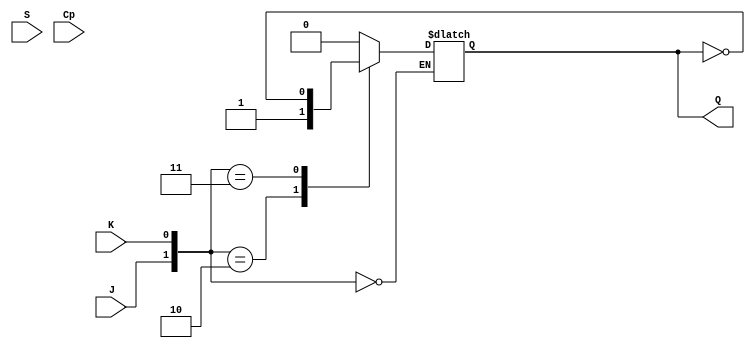
/*
===================================================================
Project Name    : 
File Name       : 2_5.v
Encoding        : UTF-8
Creation Date   : 2021/4/22
===================================================================
*/

module JK_FF(J, K, S, Cp, Q);
	input J, K, S, Cp;
	output Q;
	reg Q;

	always @(Cp) begin
		if(S == 1'b1)
			Q <= 1'b1;

		case({J, K})
			2'b00: Q <= Q;
			2'b01: Q <= 1'b0;
			2'b10: Q <= 1'b1;
			2'b11: Q <= ~Q;
		endcase
	end
endmodule

module random(Cp, S, out, code);
	input  Cp, S;
	input  [2:0]code;
	output out;

	reg    J1, J2, J3, J4, K1, K2, K3, K4, tmp1, tmp2, tmp3;
	reg    line_1, line_2, line_3;
	wire   Q1, Q2, Q3;

	always @(*) begin
		J1 <= tmp1;
		K1 <= ~tmp1;
		J2 <= Q1;
		K2 <= ~Q1;
		J3 <= Q2;
		K3 <= ~Q2;
		J4 <= Q3;
		K4 <= ~Q3;
		line_1 <= Q3;
		line_2 <= Q2;
		line_3 <= Q1;

		case({code})
			3'b000: begin
				tmp3 <=  out;
				tmp2 <= tmp3;
				tmp1 <= tmp2;
			end
			3'b001: begin
				tmp3 <= line_1 ^ out;
				tmp2 <= tmp3;
				tmp1 <= tmp2;
			end
			3'b010: begin
				tmp3 <=  out;
				tmp2 <= line_2 ^ tmp3;
				tmp1 <= tmp2;
			end
			3'b011: begin
				tmp3 <= line_1 ^ out;
				tmp2 <= line_2 ^ tmp3;
				tmp1 <= tmp2;
			end
			3'b100: begin
				tmp3 <=  out;
				tmp2 <= tmp3;
				tmp1 <= line_3 ^ tmp2;
			end
			3'b101: begin
				tmp3 <= line_1 ^ out;
				tmp2 <= tmp3;
				tmp1 <= line_3 ^ tmp2;
			end
			3'b110: begin
				tmp3 <=  out;
				tmp2 <= line_2 ^ tmp3;
				tmp1 <= line_3 ^ tmp2;
			end
			3'b111: begin
				tmp3 <= line_1 ^ out;
				tmp2 <= line_2 ^ tmp3;
				tmp1 <= line_3 ^ tmp2;
			end
		endcase
	end

	JK_FF ex1(J1, K1, 1'b1, Cp,  Q1);
	JK_FF ex2(J2, K2, 1'b1, Cp,  Q2);
	JK_FF ex3(J3, K3, 1'b1, Cp,  Q3);
	JK_FF ex4(J4, K4,    S, Cp, out);

endmodule